画像に写った文字を読んでください
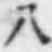
「八」と書いてあります